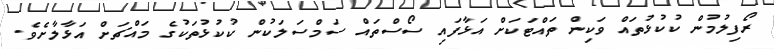
ރޯފިލުމުން ކުކުޅުތައް ވަކިން ތައްޓަކަށް އަޅާފައި ސޯސްތައް ސަމްސަލަކުން ކުކުޅުތަކުގެ މައްޗަށް އަޅާލާށެވެ.